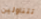
تتناولين